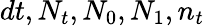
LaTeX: dt,N_{t},N_{0},N_{1},n_{t}